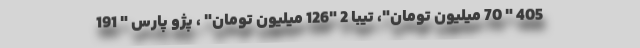
405 " 70 میلیون تومان"، تیبا 2 "126 میلیون تومان" ، پژو پارس " 191